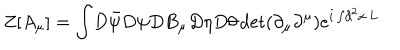
Z [ A _ { \mu } ] = \int \! D \bar { \psi } D \psi D B _ { \mu } D \eta D \theta \det ( \partial _ { \mu } \partial ^ { \mu } ) e ^ { i \int \! d ^ { 2 } x \, L }